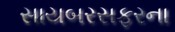
સાયબરસફરના